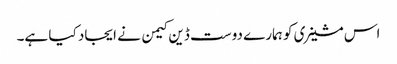
اس مشینری کو ہمارے دوست ڈین کیمن نے ایجاد کیا ہے۔